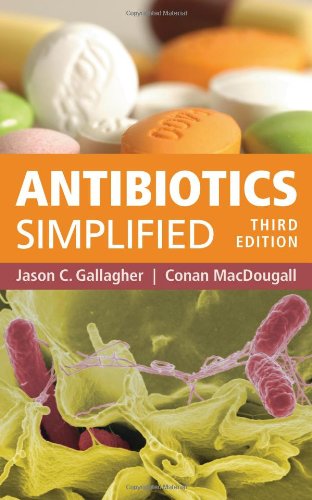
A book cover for Antibiotics Simplified; Jason C. Gallagher; Medical Books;